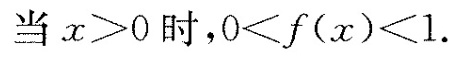
当$$x > 0$$时，$$0 < f ( x ) < 1$$.